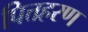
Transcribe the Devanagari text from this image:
पित्तहरण